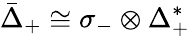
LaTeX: {\bar{\Delta}}_{+}\cong\sigma_{-}\otimes\Delta_{+}^{*}